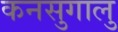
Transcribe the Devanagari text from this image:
कनसुगालु